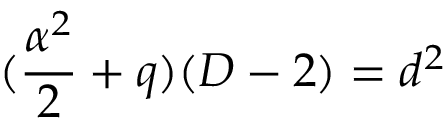
( \frac { \alpha ^ { 2 } } { 2 } + q ) ( D - 2 ) = d ^ { 2 }